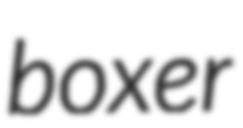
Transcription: boxer